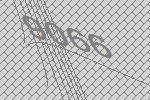
9066